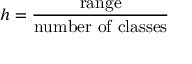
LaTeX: h = { \frac { \mathrm { r a n g e } } { \mathrm { n u m b e r ~ o f ~ c l a s s e s } } }